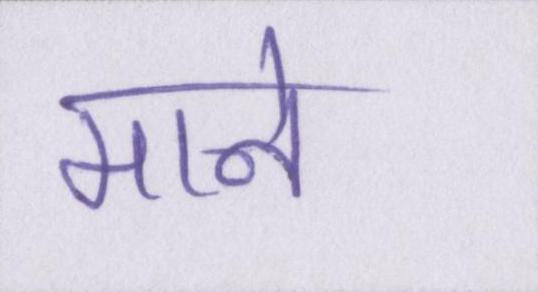
माने